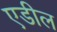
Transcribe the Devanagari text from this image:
एडील